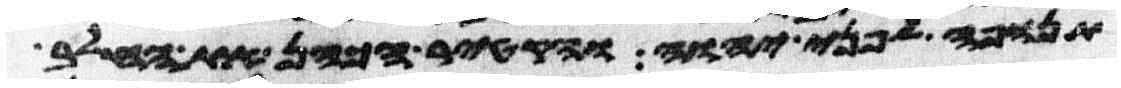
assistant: תנופה לפני יהוה והקטיר הכהן את החלב